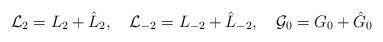
\begin{align*}{\cal L}_{2}=L_{2}+\hat{L}_{2},\quad{\cal L}_{-2}=L_{-2}+\hat{L}_{-2},\quad{\cal G}_{0}=G_{0}+\hat{G}_{0}\end{align*}